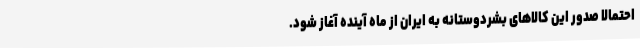
احتمالا صدور این کالاهای بشردوستانه به ایران از ماه آینده آغاز شود.